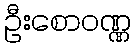
ဦးစောဝဏ္ဏ